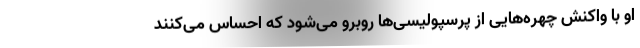
او با واکنش چهره‌هایی از پرسپولیسی‌ها روبرو می‌شود که احساس می‌کنند